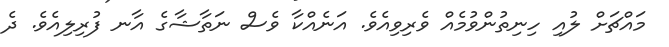
މައްޗަށް ލުއި ހިނިތުންވުމެއް ވެރިވިއެވެ. އަނެއްކާ ވެސް ނަތާޝާގެ އާނ ފުރިލިއެވެ. ދެ